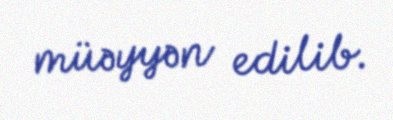
müəyyən edilib.